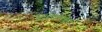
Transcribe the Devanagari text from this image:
इंडिगोमधून